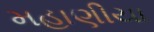
મહાણીયા